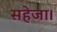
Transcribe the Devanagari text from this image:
सहेजा।